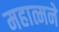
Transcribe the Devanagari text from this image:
महात्मने